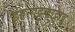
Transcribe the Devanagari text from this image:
इरुन्गट्टुकोट्टाइ